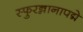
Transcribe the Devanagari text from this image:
स्फुरन्नानापद्मे